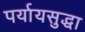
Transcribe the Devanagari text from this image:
पर्यायसुद्धा